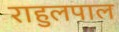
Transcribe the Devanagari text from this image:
राहुलपाल